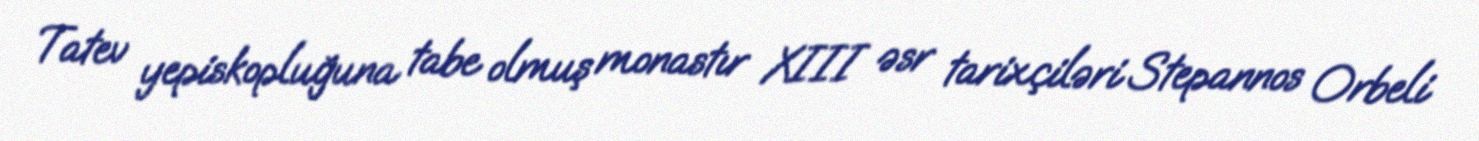
Tatev yepiskopluğuna tabe olmuş monastır XIII əsr tarixçiləri Stepannos Orbeli